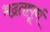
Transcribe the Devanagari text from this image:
भद्रतापूर्ण